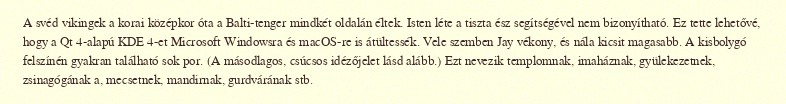
A svéd vikingek a korai középkor óta a Balti-tenger mindkét oldalán éltek. Isten léte a tiszta ész segítségével nem bizonyítható. Ez tette lehetővé, hogy a Qt 4-alapú KDE 4-et Microsoft Windowsra és macOS-re is átültessék. Vele szemben Jay vékony, és nála kicsit magasabb. A kisbolygó felszínén gyakran található sok por. (A másodlagos, csúcsos idézőjelet lásd alább.) Ezt nevezik templomnak, imaháznak, gyülekezetnek, zsinagógának a, mecsetnek, mandirnak, gurdvárának stb.